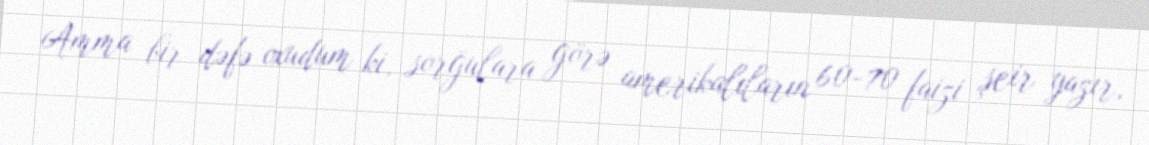
Amma bir dəfə oxudum ki, sorğulara görə amerikalıların 60-70 faizi şeir yazır,